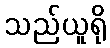
သည်ယူရို